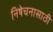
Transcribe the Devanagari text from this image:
निषेचनासाठी